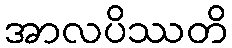
အာလပိဿတိ